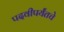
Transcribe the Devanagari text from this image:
पदवीपर्यंतचेे